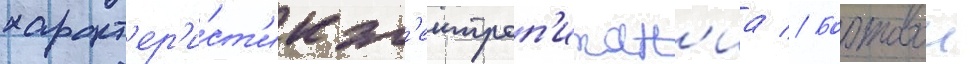
характ'ер'и́ст'ик эл'ектроп'итан'иа // Бортовои